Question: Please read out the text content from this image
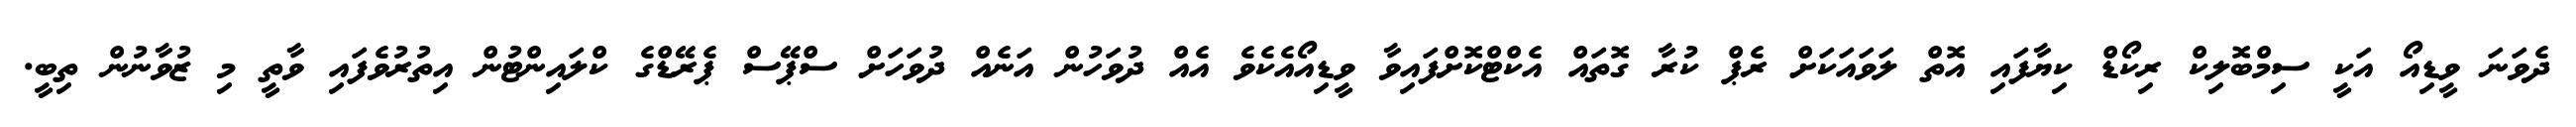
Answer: ދެވަނަ ވީޑިއޯ އަކީ ސިމްބޮލިކް ރިކޯޑް ކިޔާފައި އޮތް ލަވައަކަށް ރެޕް ކުރާ ގޮތައް އެކްޓްކޮށްފައިވާ ވީޑިއޯއެކެވެ އެއް ދުވަހުން އަނެއް ދުވަހަށް ސްޕޭސް ޕެރޭޑްގެ ކްލައިންޓުން އިތުރުވެފައި ވާތީ މި ޒުވާނުން ތިބީ.